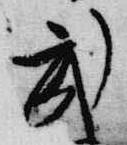
武